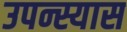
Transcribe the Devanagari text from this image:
उपन्स्यास